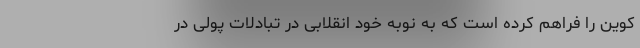
کوین را فراهم کرده است که به نوبه خود انقلابی در تبادلات پولی در